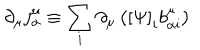
LaTeX: \partial _ { \mu } j _ { \alpha } ^ { \mu } \equiv \sum _ { i } \partial _ { \mu } \left( \left[ \Psi \right] _ { i } b _ { \alpha i } ^ { \mu } \right)